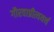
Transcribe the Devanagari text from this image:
गौरवाप्रीत्ययर्थ